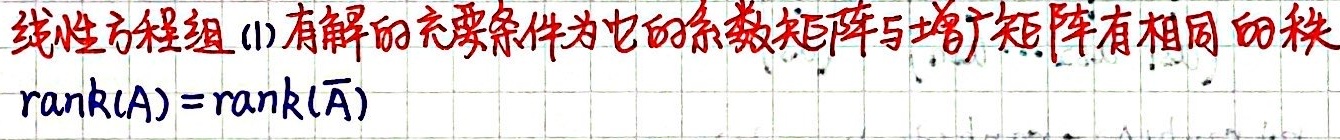
线性方程组 (1) 有解的充要条件为它的系数矩阵与增广矩阵有相同的秩。
\[ \text{rank}(A)=\text{rank}(\overline{A}) \]